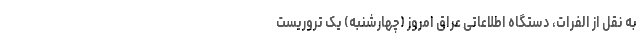
به نقل از الفرات، دستگاه اطلاعاتی عراق امروز (چهارشنبه) یک تروریست